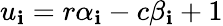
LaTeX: u_{\mathbf{i}}=r\alpha_{\mathbf{i}}-c\beta_{\mathbf{i}}+1